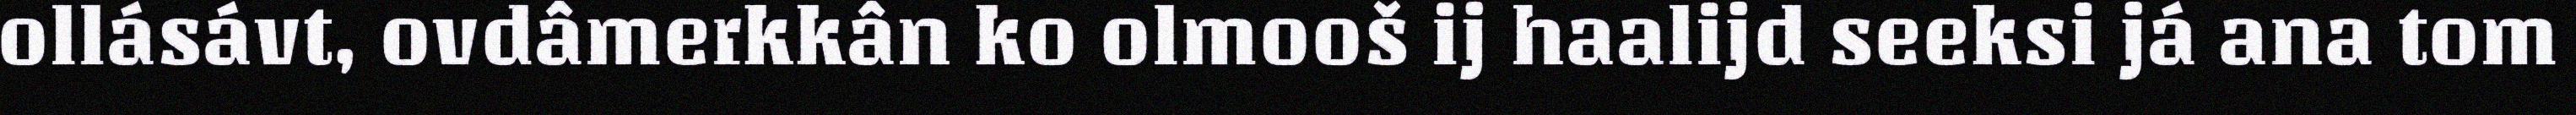
ollásávt, ovdâmerkkân ko olmooš ij haalijd seeksi já ana tom